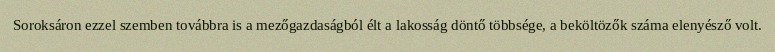
Soroksáron ezzel szemben továbbra is a mezőgazdaságból élt a lakosság döntő többsége, a beköltözők száma elenyésző volt.